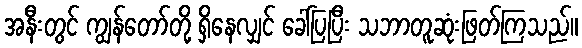
အနီးတွင် ကျွန်တော်တို့ ရှိနေလျှင် ခေါ်ပြပြီး သဘာတူဆုံးဖြတ်ကြသည်။